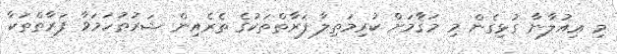
މި ޢިއުލާނާ ގުޅިގެން މި މަޤާމަށް ކުރިމަތިލާ ފަރާތްތަކުގެ ތެރެއިން ޝަރުޠުހަމަވާ ފަރާތްތަކާ